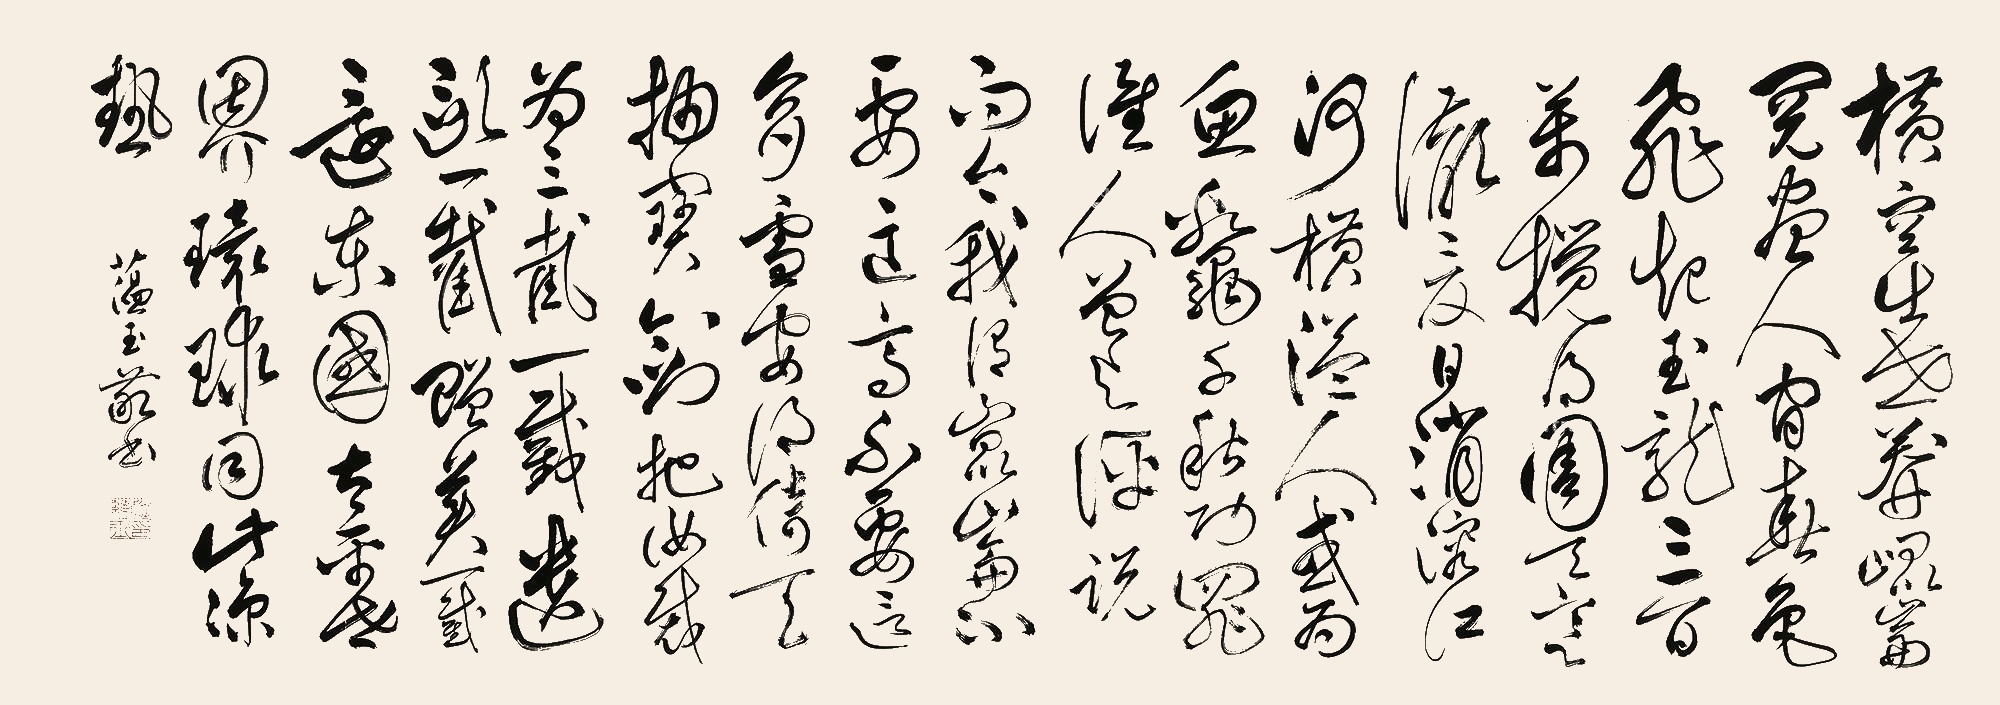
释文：横空出世，莽昆仑，阅尽人间春色。飞起玉龙三百万，搅得周天寒彻。夏日消溶，江河横溢，人或为鱼鳖。千秋功罪，谁人曾与评说？而今我谓昆仑：不要这高，不要这多雪。安得倚天抽宝剑，把汝裁为三截？一截遗欧，一截赠美，一截还东国。太平世界，环球同此凉热。蕴玉敬书。